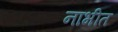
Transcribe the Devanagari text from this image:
नाभीत